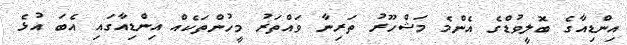
އިންޑިއާގެ ބޮލީވުޑްގެ އެންމެ މަޝްހޫރު ތަރިނާ ވައްތަރު މީހުންތަކެއް އިންޑިއާގައި އެބަ އުޅެ